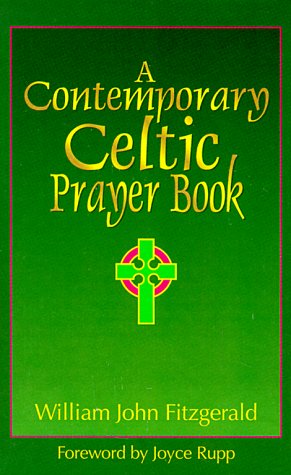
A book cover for A Contemporary Celtic Prayer Book; William John Fitzgerald; Christian Books & Bibles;